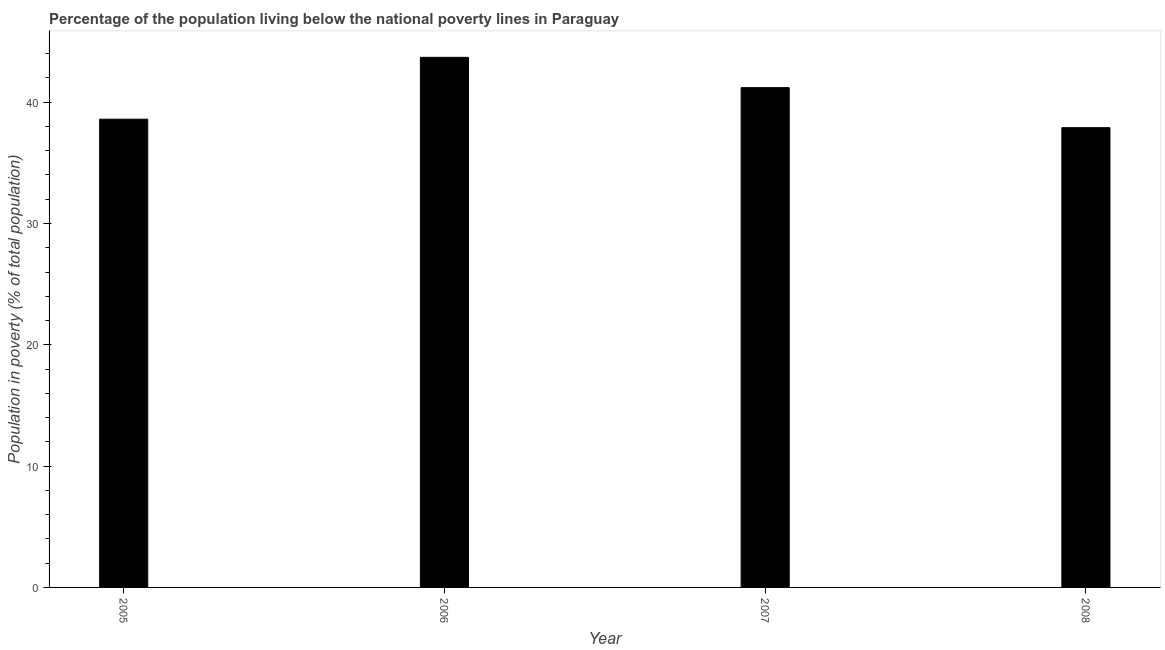
| Year | Poverty headcount ratio |
 | --- | --- |
 | 2005 | 38.6 |
 | 2006 | 43.7 |
 | 2007 | 41.2 |
 | 2008 | 37.9 |